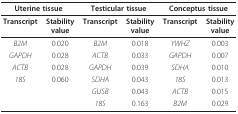
<table><thead><tr><td colspan="2"><b>Uterine tissue</b></td><td colspan="2"><b>Testicular tissue</b></td><td colspan="2"><b>Conceptus tissue</b></td></tr></thead><tbody><tr><td><b>Transcript</b></td><td><b>Stability</b><b>value</b></td><td><b>Transcript</b></td><td><b>Stability</b><b>value</b></td><td><b>Transcript</b></td><td><b>Stability</b><b>value</b></td></tr><tr><td><i>B2M</i></td><td>0.020</td><td><i>B2M</i></td><td>0.018</td><td><i>YWHZ</i></td><td>0.003</td></tr><tr><td><i>GAPDH</i></td><td>0.028</td><td><i>ACTB</i></td><td>0.033</td><td><i>GAPDH</i></td><td>0.007</td></tr><tr><td><i>ACTB</i></td><td>0.028</td><td><i>GAPDH</i></td><td>0.039</td><td><i>SDHA</i></td><td>0.010</td></tr><tr><td><i>18S</i></td><td>0.060</td><td><i>SDHA</i></td><td>0.043</td><td><i>18S</i></td><td>0.013</td></tr><tr><td></td><td></td><td><i>GUSB</i></td><td>0.043</td><td><i>ACTB</i></td><td>0.015</td></tr><tr><td></td><td></td><td><i>18S</i></td><td>0.163</td><td><i>B2M</i></td><td>0.029</td></tr></tbody></table>